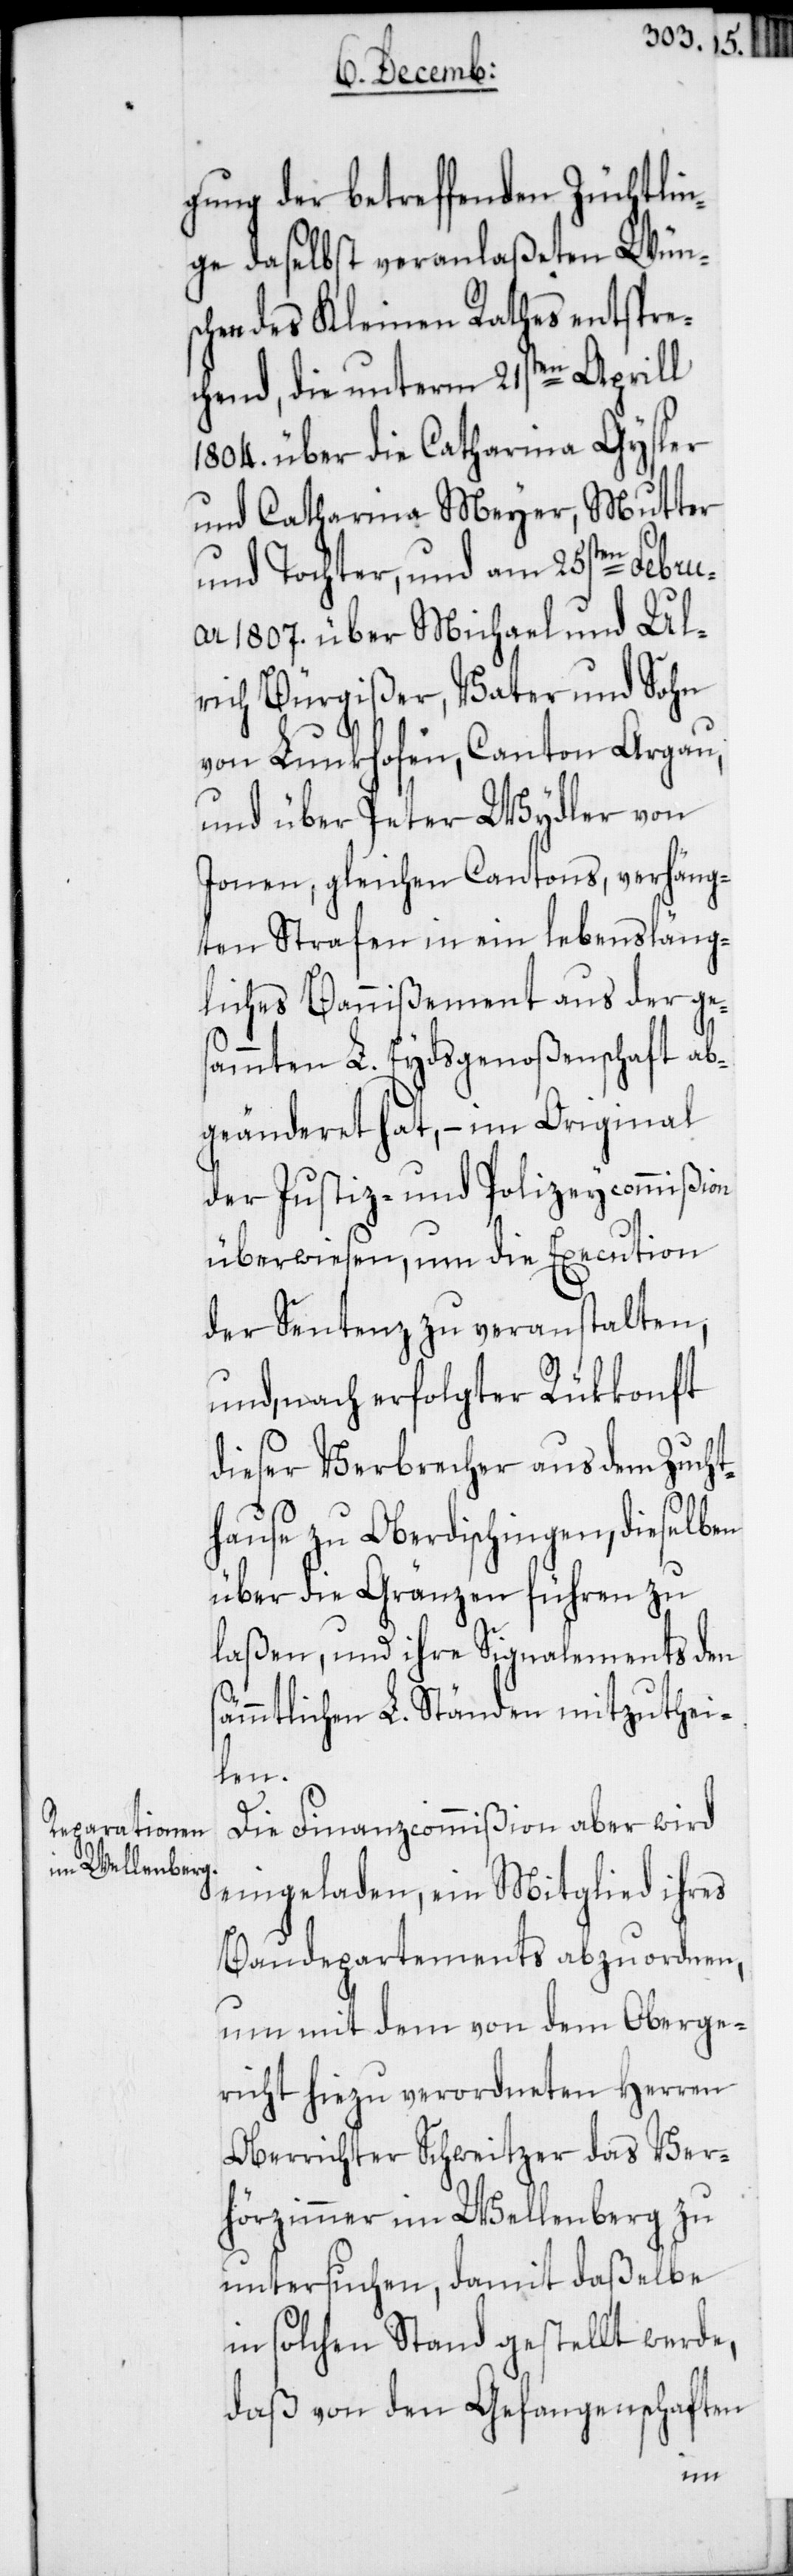
gung der betreffenden Züchtlin¬
ge daselbst veranlaßeten Wüns¬
chen des Kleinen Rathes entspre¬
chend, die unterm 21sten Aprill
1804. über die Catharina Gysler
und Catharina Meyer, Mutter
und Tochter, und am 25sten Febru¬
ar 1807. über Michael und Ul¬
rich Bürgißer, Vater und Sohn
von Lunkhofen, Canton Argau,
und über Peter Wydler von
Jonen, gleichen Cantons, verhäng¬
ten Strafen in ein lebensläng¬
liches Bannißement aus der ge¬
sammten L. Eydsgenoßenschaft ab¬
geänderet hat, – im Original
der Justiz- und Polizeycommißion
überwiesen, um die Execution
der Sentenz zu veranstalten,
und, nach erfolgter Rükkonft
dieser Verbrecher aus dem Zucht¬
hause zu Oberdischingen, dieselben
über die Gränzen führen zu
laßen, und ihre Signalements den
ämmtlichen L. Ständen mitzuthei¬
len.
Die Finanzcommißion aber wird
eingeladen, ein Mitglied ihres
Baudepartements abzuordnen,
um mit dem von dem Oberge¬
richt hiezu verordneten Herren
Oberrichter Schweitzer das Ver¬
hörzimmer im Wellenberg zu
untersuchen, damit daßelbe
in solchen Stand gestellt werde,
daß von den Gefangenschaften
s¬